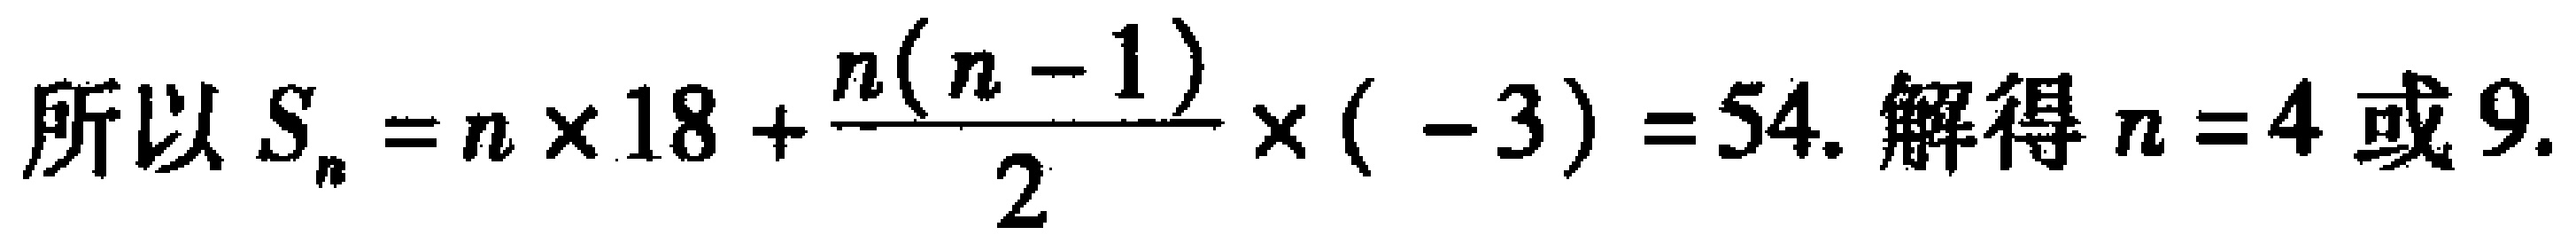
所以 \(S_{n}=n\times 18+\frac{n(n - 1)}{2}\times(-3)=54\). 解得 \(n = 4\) 或 \(9\).